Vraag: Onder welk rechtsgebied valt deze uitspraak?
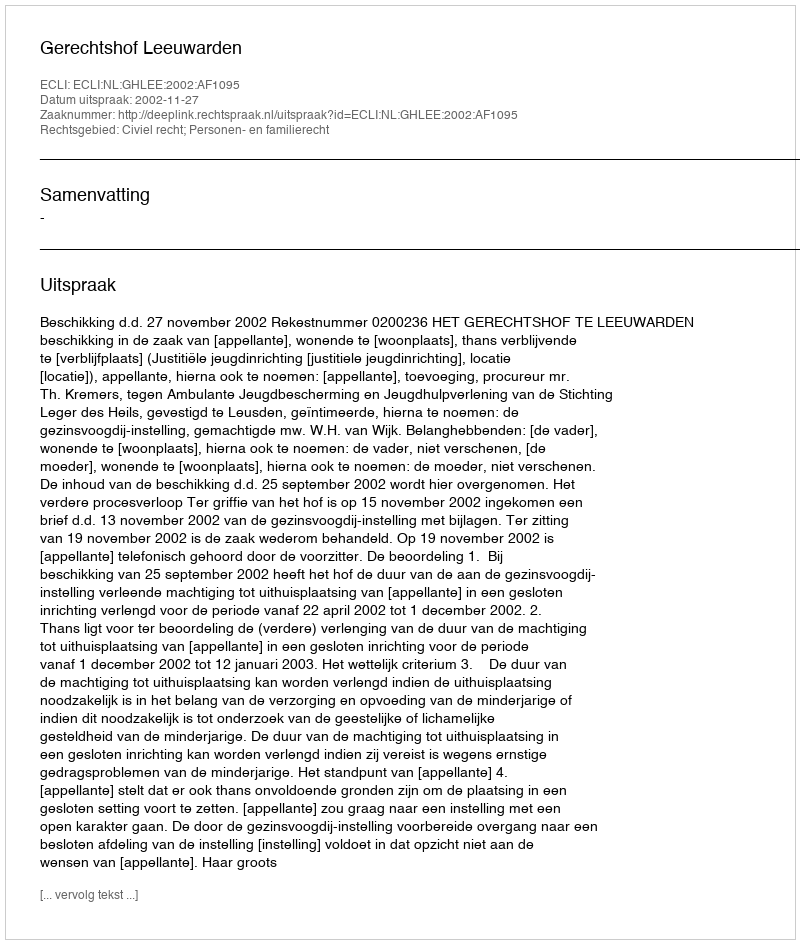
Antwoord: Civiel recht; Personen- en familierecht